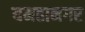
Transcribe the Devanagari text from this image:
यमहानगर